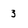
Character: 3